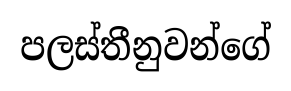
පලස්තීනුවන්ගේ